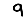
Digit: 9